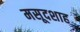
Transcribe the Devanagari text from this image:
मसूदशाह